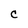
Character: C